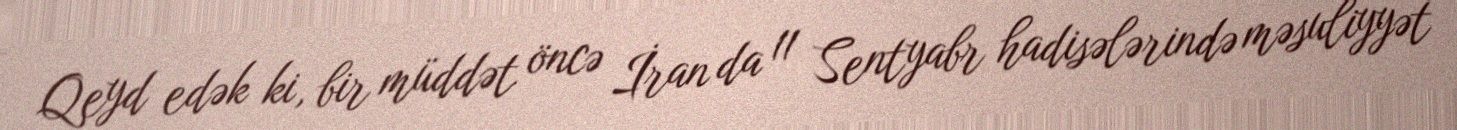
Qeyd edək ki, bir müddət öncə İran da 11 Sentyabr hadisələrində məsuliyyət